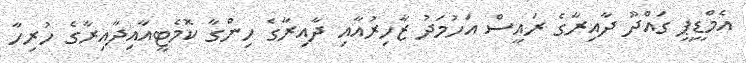
އެމްޑީޕީ ގައްދޫ ދާއިރާގެ ރައީސް އަހުމަދު ޒާހިރުއާއި ދާއިރާގެ ހިންގާ ކޮމެޓީއާއިދާއިރާގެ ހުރިހާ